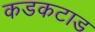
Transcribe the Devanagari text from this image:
कडकटाड